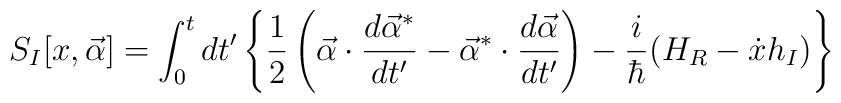
S_I[x,\vec{\alpha}] = \int^t_0{dt'} \left\{ \frac{1}{2}\left( \vec{\alpha} \cdot\frac{d \vec{\alpha}^*}{dt'} - \vec{\alpha}^* \cdot\frac{d\vec{\alpha}}{dt'}\right)- \frac{i}{\hbar} (H_R - \dot{x} h_I) \right\}